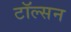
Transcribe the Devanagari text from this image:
टॉल्सन